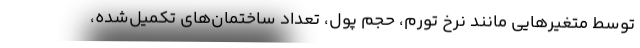
توسط متغیرهایی مانند نرخ تورم، حجم پول، تعداد ساختمان‌های تکمیل‌شده،